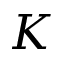
\cal K